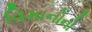
વિમાનોનો